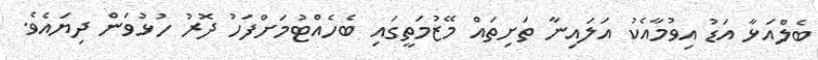
ބެލްއަޅާ އަޑު އިވުމާއެކު އަލައިނާ ތަށިތައް މޭޒުމަތީގައި ބެހެއްޓުމަށްފަހު ދޮރު ހުޅުވަން ދިޔައެވެ.